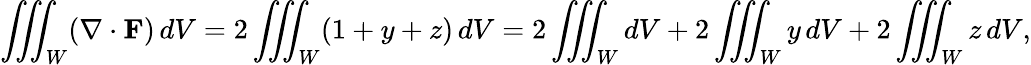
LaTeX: \iiint_{W}(\nabla\cdot\mathbf{F})\, dV=2\iiint_{W}(1+y+z)\, dV=2\iiint_{W}dV+2\iiint_{W}y\, dV+2\iiint_{W}z\, dV,